Black-water fever - Number 35
Disease focus: Fever
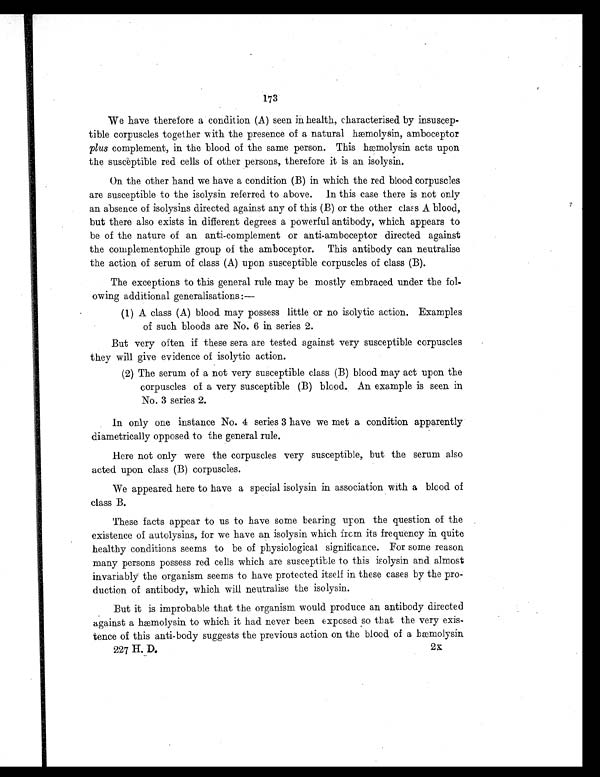
173
We have therefore a condition (A) seen in health, characterised by insuscep-
tible corpuscles together with the presence of a natural hæmolysin, amboceptor
plus complement, in the blood of the same person. This hmolysin acts upon
the susceptible red cells of other persons, therefore it is an isolysin.
On the other hand we have a condition (B) in which the red blood corpuscles
are susceptible to the isolysin referred to above. In this case there is not only
an absence of isolysins directed against any of this (B) or the other class A blood,
but there also exists in different degrees a powerful antibody, which appears to
be of the nature of an anti-complement or anti-amboceptor directed against
the complementophile group of the amboceptor. This antibody can neutralise
the action of serum of class (A) upon susceptible corpuscles of class (B).
The exceptions to this general rule may be mostly embraced under the fol-
owing additional generalisations :—
(1) A class (A) blood may possess little or no isolytic action. Examples
of such bloods are No. 6 in series 2.
But very often if these sera are tested against very susceptible corpuscles
they will give evidence of isolytic action.
( 2 ) T h e s e r u m o f a n o t v e r y s u s c e p t i b l e c l a s s ( B ) b l o o d m a y a c t u p o n t h e
corpuscles of a very susceptible (B) blood. An example is seen in
No. 3 series 2.
In only one instance No. 4 series 3 have we met a condition apparently
diametrically opposed to the general rule.
Here not only were the corpuscles very susceptible, but the serum also
acted upon class (B) corpuscles.
We appeared here to have a special isolysin in association with a blood of
class B.
These facts appear to us to have some bearing upon the question of the
existence of autolysins, for we have an isolysin which from its frequency in quite
healthy conditions seems to be of physiological significance. For some reason
many persons possess red cells which are susceptible to this isolysin and almost
invariably the organism seems to have protected itself in these cases by the pro-
duction of antibody, which will neutralise the isolysin.
But it is improbable that the organism would produce an antibody directed
against a hæmolysin to which it had never been exposed so that the very exis-
tence of this anti-body suggests the previous action on the blood of a hæmolysin
227 H. D.
2X